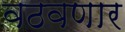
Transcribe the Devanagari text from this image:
वठवणार